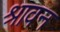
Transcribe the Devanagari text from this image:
श्रावन